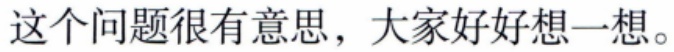
这个问题很有意思，大家好好想一想。